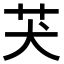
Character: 𦬫